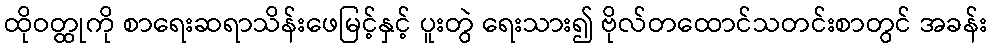
ထိုဝတ္ထုကို စာရေးဆရာသိန်းဖေမြင့်နှင့် ပူးတွဲ ရေးသား၍ ဗိုလ်တထောင်သတင်းစာတွင် အခန်း